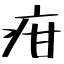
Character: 疳